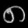
Digit: ၈